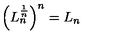
\left( L _ { n } ^ { \frac { 1 } { n } } \right) ^ { n } = L _ { n }